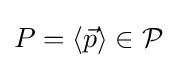
P=\langle {\vec {p}}\rangle \in {\mathcal {P}}